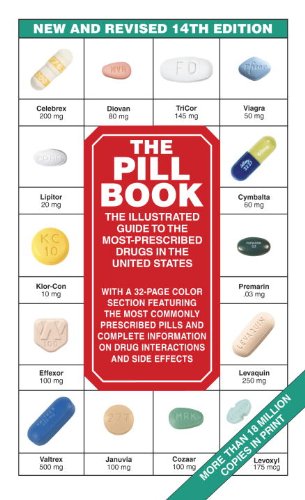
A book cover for The Pill Book (14th Edition): New and Revised 14th Edition The Illustrated Guide To The Most-Prescribed Drugs In The United States (Pill Book (Mass Market Paper)); Harold M. Silverman; Medical Books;